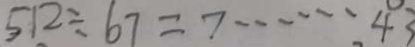
5 1 2 \div 6 7 = 7 \cdots 4 3